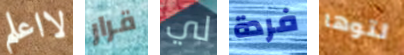
لااعلم قرار لي فردة لتوها